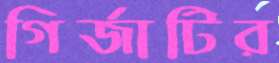
গির্জাটির